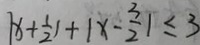
\vert x + \frac { 1 } { 2 } \vert + \vert x - \frac { 3 } { 2 } \vert \leq 3